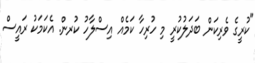
"ކުރީގެ ވެރިކަން ބަދަލުކުރީ މި ހުރިހާ ކަމެއް އިސްލާހު ކުރން. އެކަމަކު ރައީސް